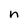
Character: n